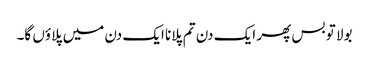
بولا تو بس پھر ایک دن تم پلانا ایک دن میں پلاؤں گا۔